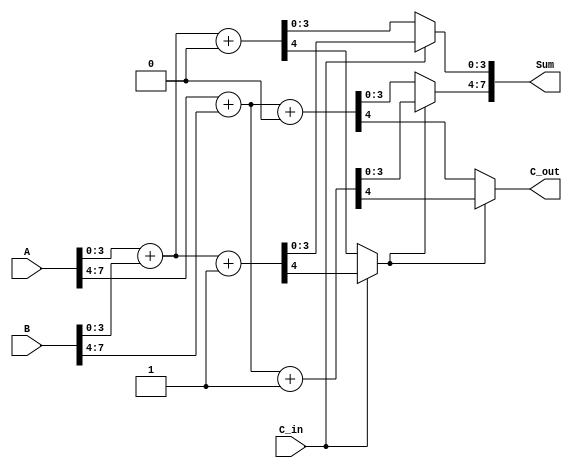
module CarrySelectAdder (
    input [7:0] A,        // 8-bit input A
    input [7:0] B,        // 8-bit input B
    input C_in,           // Carry input
    output [7:0] Sum,     // 8-bit sum output
    output C_out          // Carry output
);

    // Internal wires for the sums and carries of each segment
    wire [3:0] Sum0_0, Sum0_1, Sum1_0, Sum1_1;
    wire C0_0, C0_1, C1_0, C1_1;

    // First segment (A[3:0], B[3:0])
    assign {C0_0, Sum0_0} = A[3:0] + B[3:0] + 1'b0; // C_in = 0
    assign {C0_1, Sum0_1} = A[3:0] + B[3:0] + 1'b1; // C_in = 1

    // Second segment (A[7:4], B[7:4])
    assign {C1_0, Sum1_0} = A[7:4] + B[7:4] + 1'b0; // C_in = 0
    assign {C1_1, Sum1_1} = A[7:4] + B[7:4] + 1'b1; // C_in = 1

    // MUX for the first segment
    wire [3:0] Sum0;
    wire C0;
    assign Sum0 = (C_in) ? Sum0_1 : Sum0_0;
    assign C0 = (C_in) ? C0_1 : C0_0;

    // MUX for the second segment
    wire [3:0] Sum1;
    assign Sum1 = (C0) ? Sum1_1 : Sum1_0;
    assign C_out = (C0) ? C1_1 : C1_0;

    // Final sum output
    assign Sum = {Sum1, Sum0};

endmodule